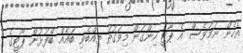
އެހެން ނަމަވެސް އެ ޕާޓީ ހިންގަން މިވަގުތު ތިއްބެވި ބައެއް ބޭފުޅުން ޕާޓީގެ